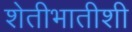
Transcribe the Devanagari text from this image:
शेतीभातीशी